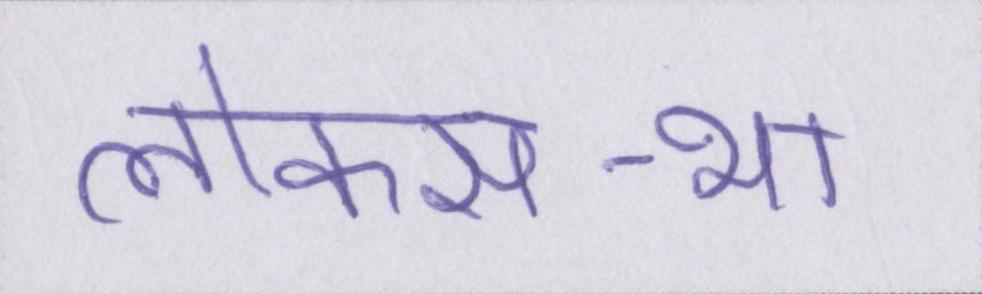
लोकसभा